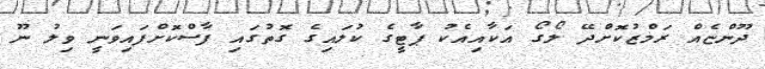
ދޫންޏެއް ރަމްޒުކޮށްދޭ ލޯގޯ އަކާއިއެކު ޕާޓީގެ ކުލައިގެ ގޮތުގައި ފާސްކޮށްފައިވަނީ ވިލު ނޫ